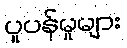
ပူပန်မှုများ